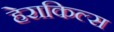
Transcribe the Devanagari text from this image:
हेराकिल्स